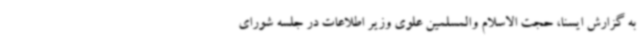
به گزارش ایسنا، حجت الاسلام والمسلمین علوی وزیر اطلاعات در جلسه شورای